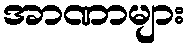
အာဏာများ